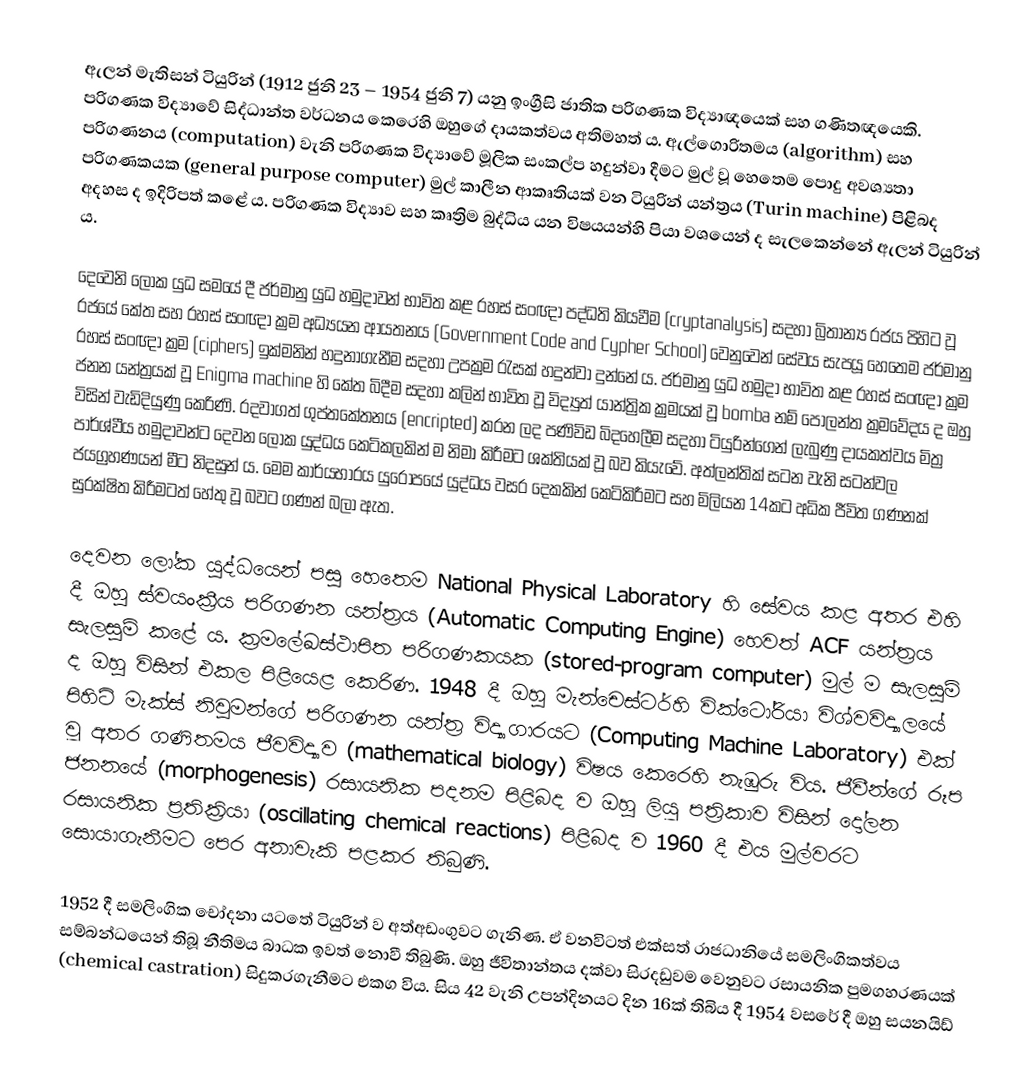
ඇලන් මැතිසන් ටියුරින් (1912 ජුනි 23 – 1954 ජුනි 7) යනු ඉංග්‍රීසි ජාතික පරිගණක විද්‍යාඥයෙක් සහ ගණිතඥයෙකි. පරිගණක විද්‍යාවේ සිද්ධාන්ත වර්ධනය කෙරෙහි ඔහුගේ දායකත්වය අතිමහත් ය. ඇල්ගොරිතමය (algorithm) සහ පරිගණනය (computation) වැනි පරිගණක විද්‍යාවේ මූලික සංකල්ප හදුන්වා දීමට මුල් වූ හෙතෙම පොදු අවශ්‍යතා පරිගණකයක (general purpose computer) මුල් කාලීන ආකෘතියක් වන ටියුරින් යන්ත්‍රය (Turin machine) පිළිබද අදහස ද ඉදිරිපත් කළේ ය. පරිගණක විද්‍යාව සහ කෘත්‍රිම බුද්ධිය යන විෂයයන්හි පියා වශයෙන් ද සැලකෙන්නේ ඇලන් ටියුරින් ය.

දෙවෙනි ලෝක යුධ සමයේ දී ජර්මානු යුධ හමුදාවන් භාවිත කළ රහස් සංඥා පද්ධති කියවීම (cryptanalysis) සදහා බ්‍රිතාන්‍ය රජය පිහිට වූ රජයේ කේත සහ රහස් සංඥා ක්‍රම අධ්‍යයන ආයතනය (Government Code and Cypher School) වෙනුවෙන් සේවය සැපයූ හෙතෙම ජර්මානු රහස් සංඥා ක්‍රම (ciphers) ඉක්මනින් හදුනාගැනීම සදහා උපක්‍රම රැසක් හදුන්වා දුන්නේ ය. ජර්මානු යුධ හමුදා භාවිත කළ රහස් සංඥා ක්‍රම ජනන යන්ත්‍රයක් වූ  Enigma machine හි කේත බිදීම සදහා කලින් භාවිත වූ විද්‍යුත් යාන්ත්‍රික ක්‍රමයක් වූ bomba නම් පෝලන්ත ක්‍රමවේදය ද ඔහු විසින් වැඩිදියුණු කෙරිණි. රදවාගත්  ගුප්තකේතනය (encripted) කරන ලද පණිවිඩ බිදහෙලීම සදහා ටියුරින්ගෙන් ලැබුණු දායකත්වය මිත්‍ර පාර්ශ්වීය හමුදාවන්ට දෙවන ලෝක යුද්ධය කෙටිකලකින් ම නිමා කිරීමට ශක්තියක් වූ බව කියැවේ. අත්ලන්තික් සටන වැනි සටන්වල ජයග්‍රහණයන් මීට නිදසුන් ය. මෙම කාර්යභාරය යුරෝපයේ යුද්ධය වසර දෙකකින් කෙටිකිරීමට සහ මිලියන 14කට අධික ජීවිත ගණනක් සුරක්ෂිත කිරීමටත් හේතු වූ බවට ගණන් බලා ඇත.

දෙවන ලෝක යුද්ධයෙන් පසු හෙතෙම National Physical Laboratory හි සේවය කළ අතර එහි දී ඔහු ස්වයංක්‍රීය පරිගණන යන්ත්‍රය (Automatic Computing Engine) හෙවත් ACF යන්ත්‍රය සැලසුම් කළේ ය. ක්‍රමලේඛස්ථාපිත පරිගණකයක (stored-program computer) මුල් ම සැලසුම් ද ඔහු විසින් එකල පිළියෙළ කෙරිණ. 1948 දී ඔහු මැන්චෙස්ටර්හි වික්ටෝරියා විශ්වවිද්‍යාලයේ පිහිටි මැක්ස් නිවුමන්ගේ පරිගණන යන්ත්‍ර විද්‍යාගාරයට (Computing Machine Laboratory) එක් වූ අතර ගණිතමය ජීවවිද්‍යාව (mathematical biology) විෂය කෙරෙහි නැඹුරු විය. ජීවීන්ගේ රූප ජනනයේ (morphogenesis) රසායනික පදනම පිළිබද ව ඔහු ලියූ පත්‍රිකාව විසින් දෝලන රසායනික ප්‍රතික්‍රියා (oscillating chemical reactions) පිළිබද ව 1960 දී එය මුල්වරට සොයාගැනීමට පෙර අනාවැකි පළකර තිබුණි.

1952 දී සමලිංගික චෝදනා යටතේ ටියුරින් ව අත්අඩංගුවට ගැනිණ. ඒ වනවිටත් එක්සත් රාජධානියේ සමලිංගිකත්වය සම්බන්ධයෙන් තිබූ නීතිමය බාධක ඉවත් නොවී තිබුණි. ඔහු ජීවිතාන්තය දක්වා සිරදඩුවම වෙනුවට රසායනික පුමගහරණයක් (chemical castration) සිදුකරගැනීමට එකග විය. සිය 42 වැනි උපන්දිනයට දින 16ක් තිබිය දී 1954 වසරේ දී ඔහු සයනයිඩ්